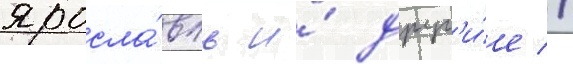
яросла́вль и́ друг'и́е //